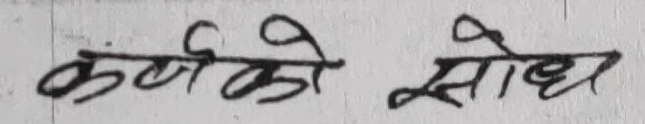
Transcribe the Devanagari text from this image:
कर्णिको सोध